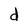
Character: d